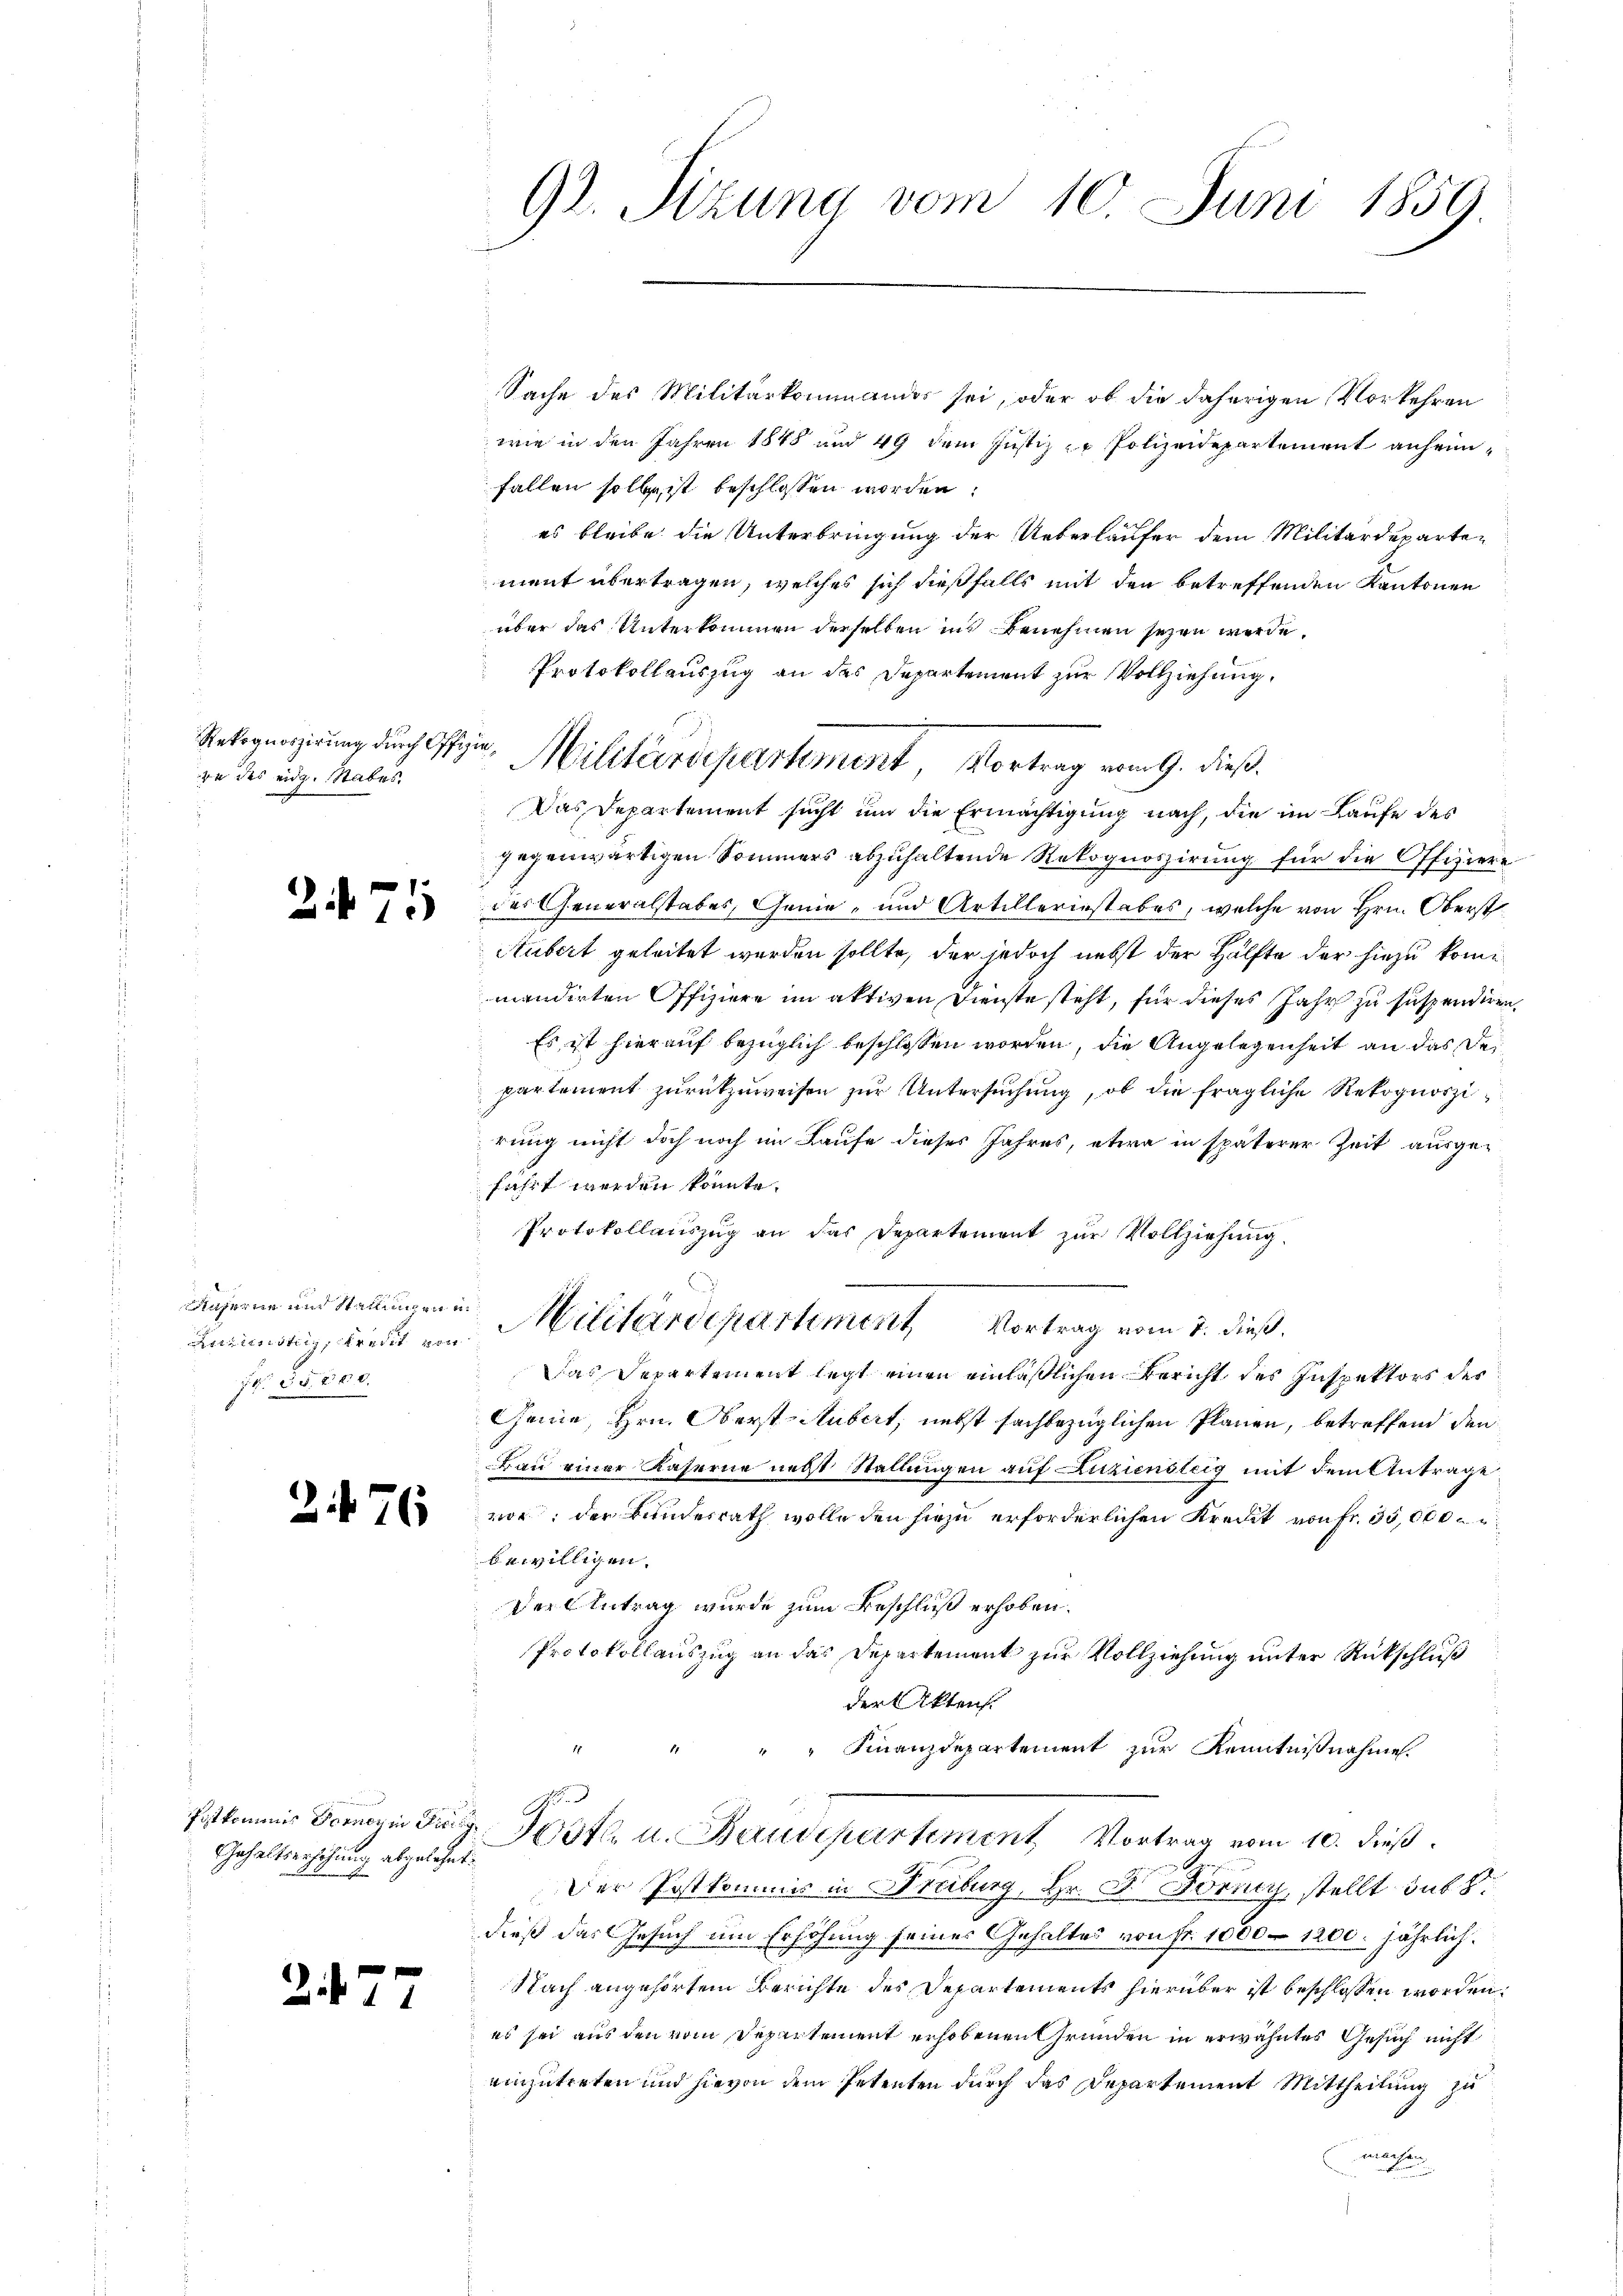
re des eidg. Stabes.

d

uzerne und Stallung ein
Fr. 35,500.

d

2. 76

.

471

Gehaltserhöhung abgelehnt.

¬

7

92. Sizung vom 10. Juni 1859.

Sache des Militärkommandos sei, oder ob die daherigen Vorkehren
wie in den Jahren 1848 und 49 dem Justiz- u. Polizeidepartement anheimfallen soll ist beschlossen worden:
es bleibe die Unterbringung der Ueberlaufer dem Militärdeparten
ment übertragen, welches sich dießfalls mit den betreffenden Kantonen
über das Unterkommen derselben ins Benehmen seyen werde.
Protokollauszug an des Departement zur Vollziehung.
Das Departement sucht um die Ermächtigung nach, die im Laufe des
gegenwärtigen Sommers abzuhaltende Rekognoszirung für die Offiziere
des Generalstabes, Genie- und Artilleriestabes, welche von Hrn. Oberst
Aubert geleitet worden sollte, der jedoch nebst der Hälfte der hiezu kommandirten Offiziere im aktiven Dienste steht, für dieses Jahr zu suspendiren
Es ist hierauf bezüglich beschlossen worden, die Angelegenheit an das Departement zurückzuweisen zur Untersuchung, ob die fragliche Rekognoszi
rung nicht doch noch im Laufe dieses Jahres, etwa in späterer Zeit ausgefährt werden könnte.
Protokollauszug an der Departement zur Vollziehung.
Anzientin, wiede Militärdepartement Vortrag vom 7. dieß,
Das Separtement legt einen einläßlichen Bericht des Inspektors des
Genie, Hrn. Oberst-Aubert, nebst sachbezüglichen Plänen, betreffend den
Bau einer Kaserne necht Stallungen auf Zuziensteig mit dem Antrage
vor; der Bundesrath wolle den hiezu erforderlichen Kredit von Fr. 35,000
bewilligen.
Der Antrag wurde zum Beschluß erhoben.
Protokollauszug an das Departement zur Vollziehung unter Rückschluß
der Akten.
" " Finanzdepartement zur Kenntnißnahme.
Postkommes Formerin Fr Festle u. Baudepartement Vortrag vom 10. dieß.
Der Postkommis in Freiburg, Hr. Dr. Förncy, stellt subs
dieß das Gesuch um Erhöhung seines Gehaltes von Fr. 1000 – 1200. jährlich.
Nach angehörtem Berichte des Departements hierüber ist beschlossen worden.
es sei aus den vom Departement erhobenen Grunden in erwähntes Gesuch nicht
einzutreten und hievon dem Petenten durch das Departement Mittheilung zu
machen.

Relegeagierung durch Gyr Militärdepartement, Vortrag vom 9. dieß,